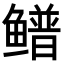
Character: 𬶴